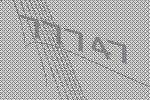
77747